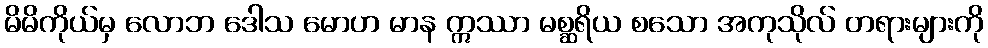
မိမိကိုယ်မှ လောဘ ဒေါသ မောဟ မာန ဣဿာ မစ္ဆရိယ စသော အကုသိုလ် တရားများကို